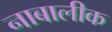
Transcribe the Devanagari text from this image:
नाबालीक